Civil Veterinary Dept. Assam report 1927-50 - 1927-1950
Year: 1927
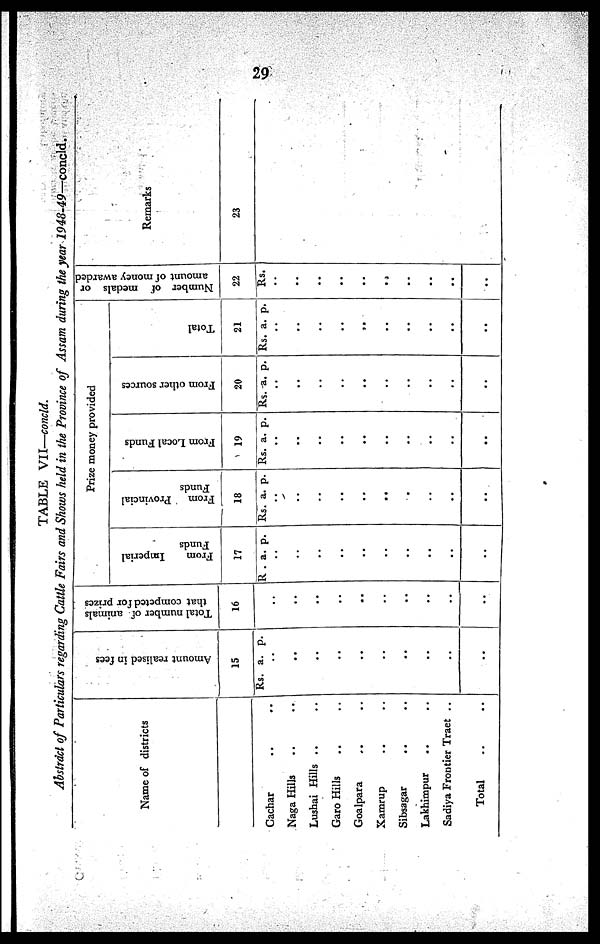
29
TABLE Vll—concld.
Abstract of Particulars regarding Cattle Fairs and Shows held in the Province of Assam during the year 1948-49—concld.
Name of districts
Cachar .. ..
Naga Hills .. ..
Lushai Hills .. ..
Garo Hills .. ..
Goalpara .. ..
Kamrup.. ..
Sibsagar .. ..
Lakhimpur .. ..
Sadiya Frontier Traet ..
Total ..
Amount realised in fees
15
Rs. a. p.
..
..
..
..
..
..
..
..
..
..
Total number of animals
that competed for prizes
16
..
..
..
..
..
..
..
..
..
..
Prize money provided
From
Imperial
Funds
17
Rs . a. p.
..
..
..
..
..
..
..
..
..
..
From
Provincial
Funds
18
Rs. a. p.
..
..
..
..
..
..
..
..
..
..
From Local Funds
19
Rs. a. p.
..
..
..
..
..
..
..
..
..
..
From other sources
20
Rs. a. p.
..
..
..
..
..
..
..
..
..
..
Total
21
Rs. a. p.
..
..
..
..
..
..
..
..
..
..
Number of medals or
amount of money awarded
22
Rs.
..
..
..
..
..
..
..
..
..
..
Remarks
23